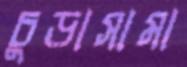
চুড়াসামা